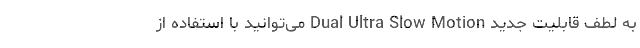
به لطف قابلیت جدید Dual Ultra Slow Motion می‌توانید با استفاده از